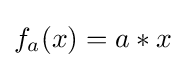
f_{a}(x)=a*x